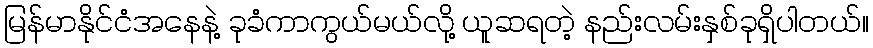
မြန်မာနိုင်ငံအနေနဲ့ ခုခံကာကွယ်မယ်လို့ ယူဆရတဲ့ နည်းလမ်းနှစ်ခုရှိပါတယ်။